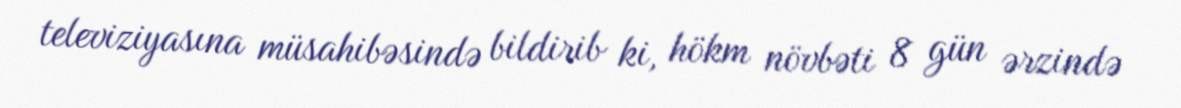
televiziyasına müsahibəsində bildirib ki, hökm növbəti 8 gün ərzində